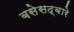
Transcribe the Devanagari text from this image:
बसेसद्बारे